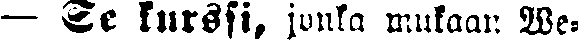
— Se kurssi, jonka mukaan We-